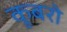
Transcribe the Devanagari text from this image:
कूबरो